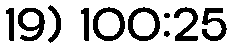
19) 100:25